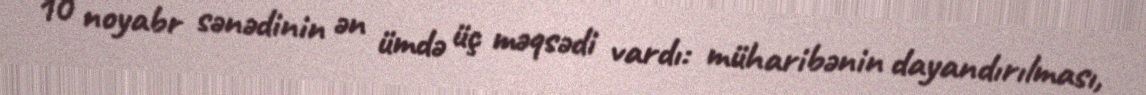
10 noyabr sənədinin ən ümdə üç məqsədi vardı: müharibənin dayandırılması,